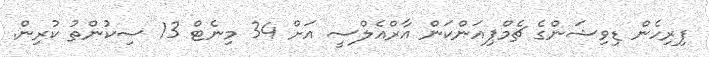
ފިރިހެން ޑިވިޝަންގެ ޗެމްޕިއަންކަން އާރްއެލްސީ އަށް 34 މިނެޓް 13 ސިކުންތު ކުރިން.